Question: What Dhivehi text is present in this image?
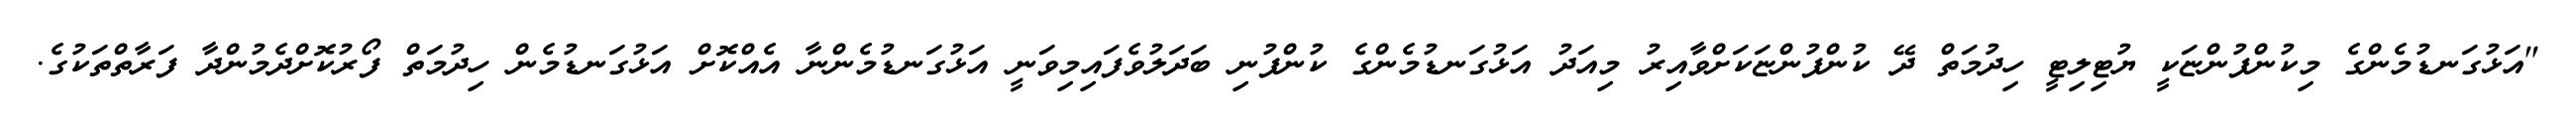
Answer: "އަޅުގަނޑުމެންގެ މިކުންފުންޏަކީ ޔުޓިލިޓީ ހިދުމަތް ދޭ ކުންފުންޏަކަށްވާއިރު މިއަދު އަޅުގަނޑުމެންގެ ކުންފުނި ބަދަލުވެފައިމިވަނީ އަޅުގަނޑުމެންނާ އެއްކޮށް އަޅުގަނޑުމެން ހިދުމަތް ފޯރުކޮށްދެމުންދާ ފަރާތްތަކުގެ.